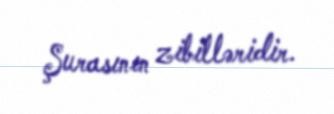
Şurasının zibilləridir.